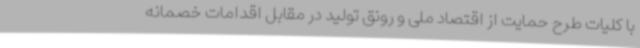
با کلیات طرح حمایت از اقتصاد ملی و رونق تولید در مقابل اقدامات خصمانه